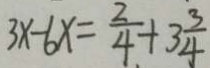
3 x - 6 x = \frac { 2 } { 4 } + 3 \frac { 3 } { 4 }